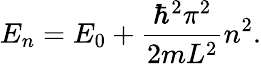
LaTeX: E_{n}=E_{0}+{\frac{\hbar^{2}\pi^{2}}{2mL^{2}}}n^{2}.